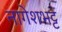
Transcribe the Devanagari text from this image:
नागेशभट्ट